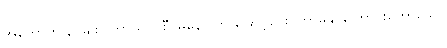
အကောက် ၃-မျိုး (ကာယ-ဝစီ-မနော)ကို ဖြောင့်ပေးတော်မူနိုင်ကြောင်းဟောသော